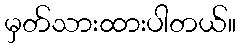
မှတ်သားထားပါတယ်။